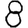
Digit: 8